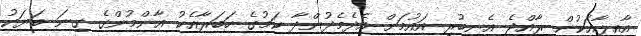
އާއިލާއަކުން ރާއްޖެ އެނބުރި އައުމަށް އެދެމެދުންދާ ކަމުގެ ހަބަރާއެކު އާންމުންގެ ގިނަ ބަޔަކު